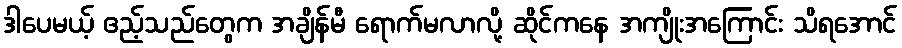
ဒါပေမယ့် ဧည့်သည်တွေက အချိန်မီ ရောက်မလာလို့ ဆိုင်ကနေ အကျိုးအကြောင်း သိရအောင်